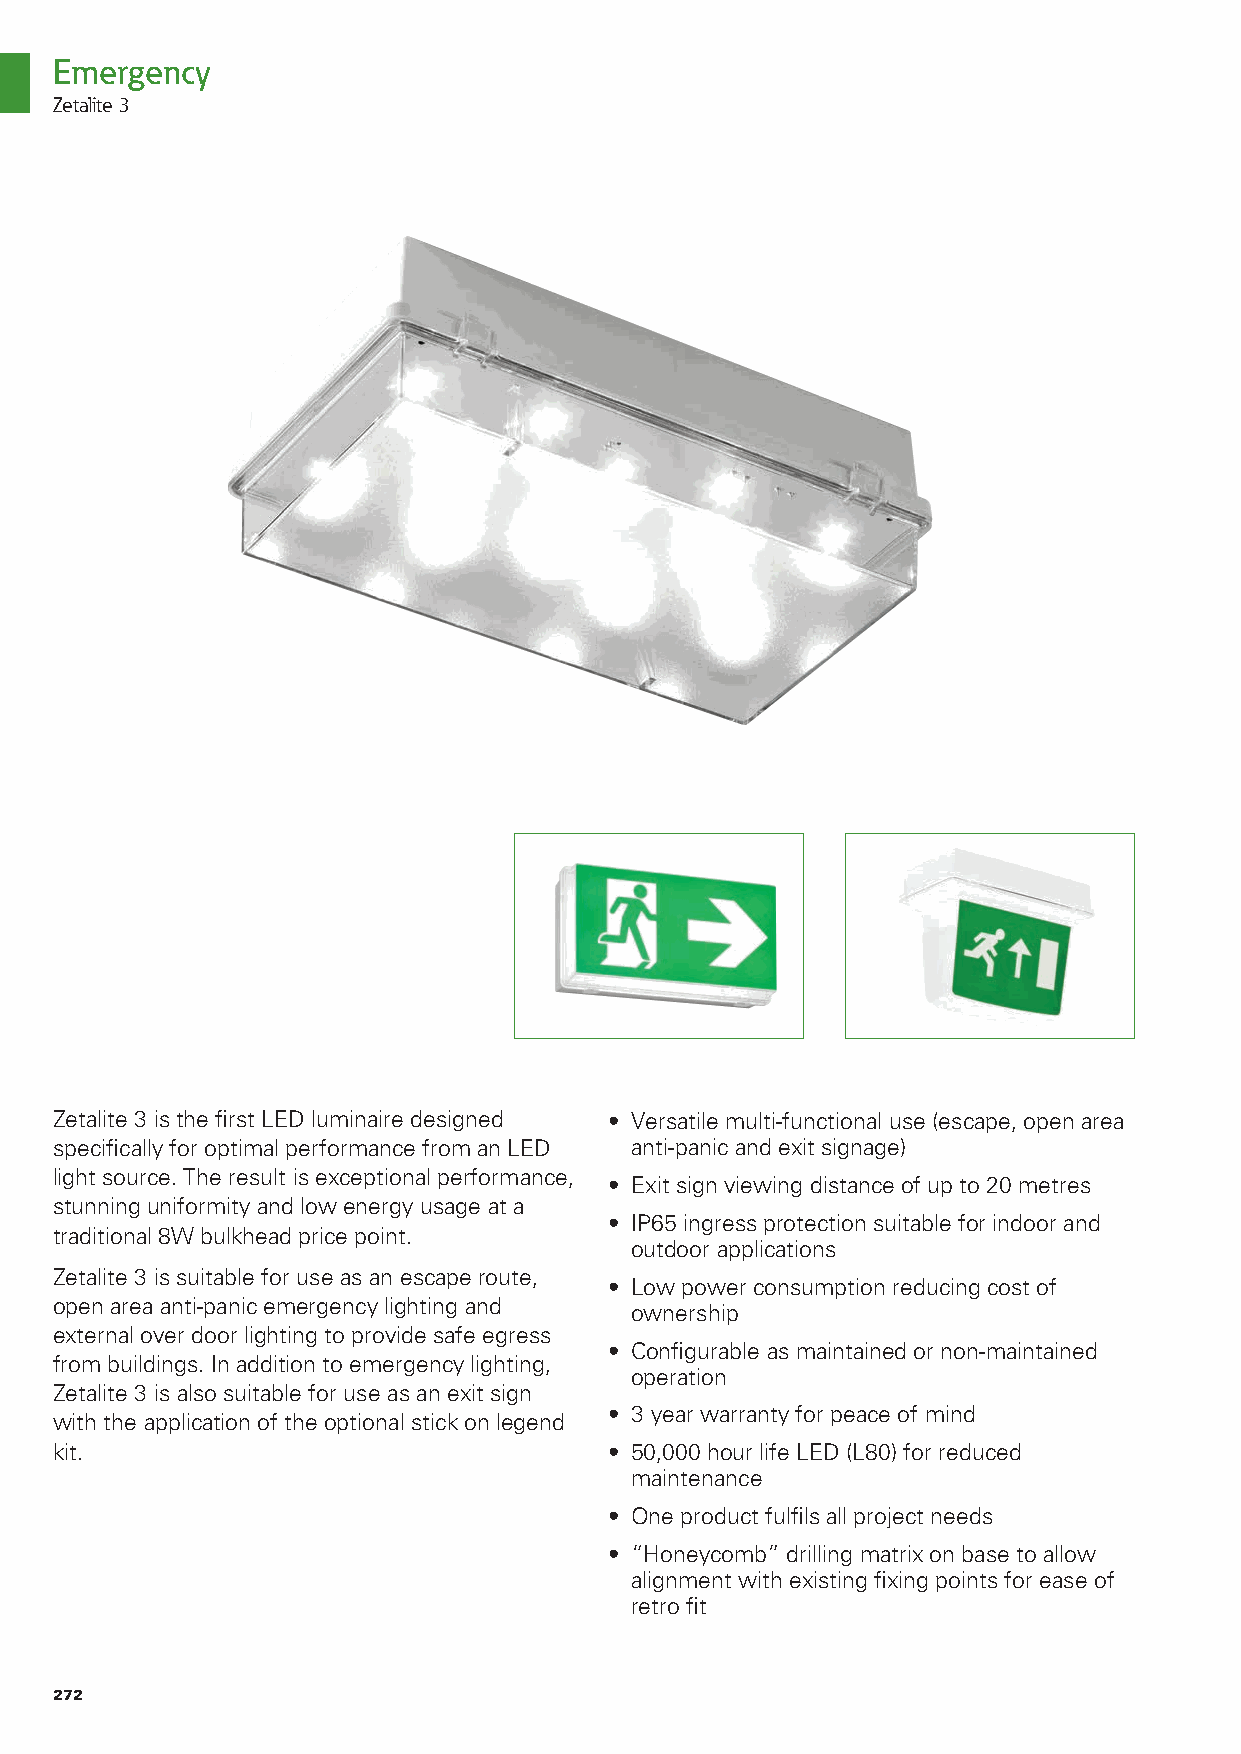
Emergency
 Zetalite 3
 Zetalite 3 is the first LED luminaire designed • Versatile multi-functional use (escape, open area
 specifically for optimal performance from an LED anti-panic and exit signage)
 light source. The result is exceptional performance,
 • Exit sign viewing distance of up to 20 metres
 stunning uniformity and low energy usage at a
 • IP65 ingress protection suitable for indoor and
 traditional 8W bulkhead price point.
 outdoor applications
 Zetalite 3 is suitable for use as an escape route,
 • Low power consumption reducing cost of
 open area anti-panic emergency lighting and
 ownership
 external over door lighting to provide safe egress
 • Configurable as maintained or non-maintained
 from buildings. In addition to emergency lighting,
 operation
 Zetalite 3 is also suitable for use as an exit sign
 • 3 year warranty for peace of mind
 with the application of the optional stick on legend
 kit.                                • 50,000 hour life LED (L80) for reduced
 maintenance
 • One product fulfils all project needs
 • “Honeycomb” drilling matrix on base to allow
 alignment with existing fixing points for ease of
 retro fit
 272